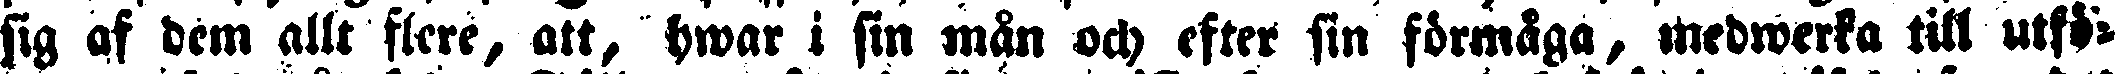
sig af dem allt flere, att, hwar i sin mån och efter sin förmåga, medwerka till utfö-